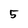
Character: 5